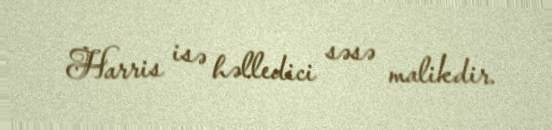
Harris isə həlledici səsə malikdir.